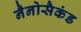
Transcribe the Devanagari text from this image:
नैनोसैकंड